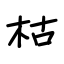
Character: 枯